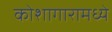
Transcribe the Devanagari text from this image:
कोशागारामध्ये